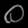
Digit: ၀